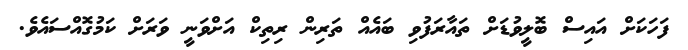
ފަހަކަށް އައިސް ބޮލީވުޑަށް ތައާރަފުވި ބައެއް ތަރިން ރިތިކް އަށްވަނީ ވަރަށް ކަމުގޮއްސައެވެ.